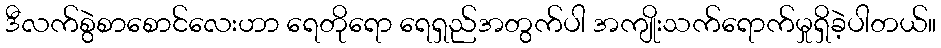
ဒီလက်စွဲစာစောင်လေးဟာ ရေတိုရော ရေရှည်အတွက်ပါ အကျိုးသက်ရောက်မှုရှိခဲ့ပါတယ်။